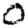
Digit: 0